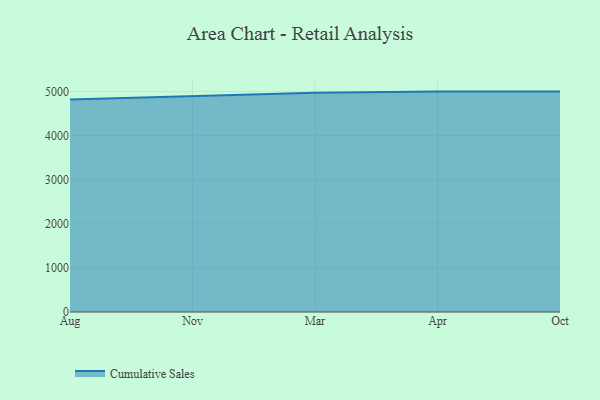
{"axis": {"x": "Month", "y": "Market Share (%)"}, "legend": ["Cumulative Sales"], "data": [{"x": "Aug", "y": 4821.2, "type": "Cumulative Sales"}, {"x": "Nov", "y": 4901.8, "type": "Cumulative Sales"}, {"x": "Mar", "y": 4975.7, "type": "Cumulative Sales"}, {"x": "Apr", "y": 5000, "type": "Cumulative Sales"}, {"x": "Oct", "y": 5000, "type": "Cumulative Sales"}]}